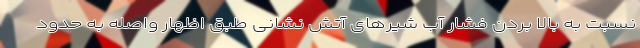
نسبت به بالا بردن فشار آب شیرهای آتش نشانی طبق اظهار واصله به حدود